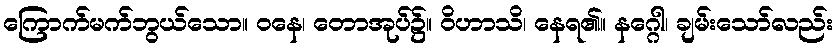
ကြောက်မက်ဘွယ်သော။ ဝနေ၊ တောအုပ်၌။ ဝိဟာသိ၊ နေရ၏။ နဂ္ဂေါ၊ ချမ်းသော်လည်း